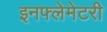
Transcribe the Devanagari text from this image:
इनफ्लेमेटरी